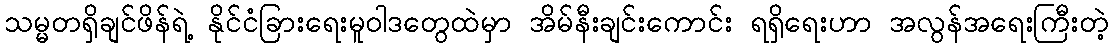
သမ္မတရှိချင်ဖိန်ရဲ့ နိုင်ငံခြားရေးမူဝါဒတွေထဲမှာ အိမ်နီးချင်းကောင်း ရရှိရေးဟာ အလွန်အရေးကြီးတဲ့